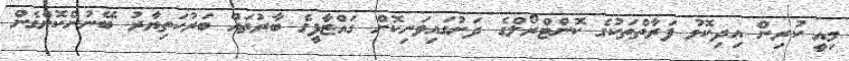
މިއީ ކުރިން އިދިކޮޅު ފަރާތްތަކުގެ ކޮންޓްރޯލްގެ ދަށުގައިވަނިކޮށް ގައްޒާފީގެ ބާރުތައް ބަރުހަތިޔާރު ބޭނުންކޮށްގެން